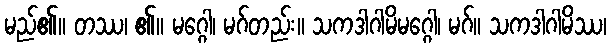
မည်၏။ တဿ၊ ၏။ မဂ္ဂေါ၊ မဂ်တည်း။ သကဒါဂါမိမဂ္ဂေါ၊ မဂ်။ သကဒါဂါမိဿ၊